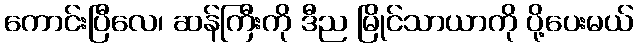
ကောင်းပြီလေ၊ ဆန်ကြီးကို ဒီည မြိုင်သာယာကို ပို့ပေးမယ်